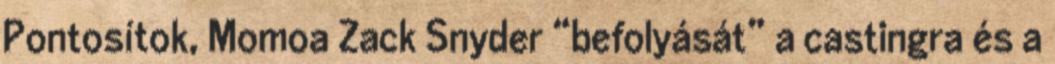
Pontosítok, Momoa Zack Snyder “befolyását” a castingra és a